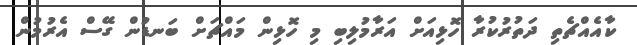
ކާއެއްޗެތި ދަތުރުކުރާ ހޮޅިއަށް އަރާމުލިބި މި ހޮޅިން މައްޗަށް ބަނޑުން ގޭސް އެރުމުން